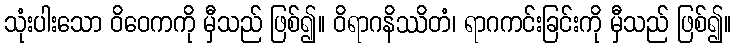
သုံးပါးသော ဝိဝေကကို မှီသည် ဖြစ်၍။ ဝိရာဂနိဿိတံ၊ ရာဂကင်းခြင်းကို မှီသည် ဖြစ်၍။